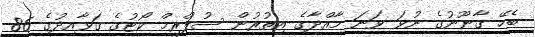
ބެހޭ ގާނޫނުގެ ނުވަ ވަނަ މާއްދާގެ އިތުރުން ސުޕްރީމް ކޯޓުގެ ގަވާއިދުގެ 86